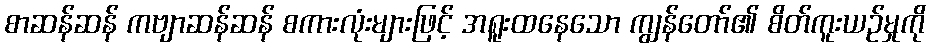
စာဆန်ဆန် ကဗျာဆန်ဆန် စကားလုံးများဖြင့် အရူးထနေသော ကျွန်တော်၏ စိတ်ကူးယဉ်မှုကို